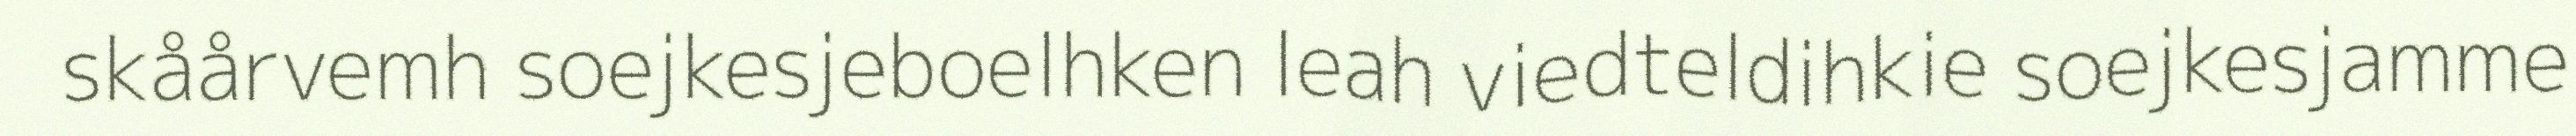
skåårvemh soejkesjeboelhken leah viedteldihkie soejkesjamme